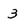
Character: 3